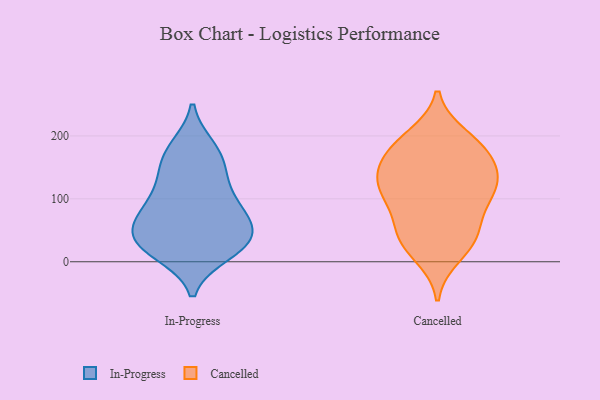
{"axis": {"x": "Website Visitors", "y": "Value"}, "legend": ["Cancelled", "In-Progress"], "data": [{"x": "", "y": 181, "type": "In-Progress"}, {"x": "", "y": 24, "type": "In-Progress"}, {"x": "", "y": 70, "type": "In-Progress"}, {"x": "", "y": 127, "type": "In-Progress"}, {"x": "", "y": 43, "type": "In-Progress"}, {"x": "", "y": 92, "type": "In-Progress"}, {"x": "", "y": 59, "type": "In-Progress"}, {"x": "", "y": 89, "type": "In-Progress"}, {"x": "", "y": 132, "type": "In-Progress"}, {"x": "", "y": 175, "type": "In-Progress"}, {"x": "", "y": 30, "type": "In-Progress"}, {"x": "", "y": 72, "type": "In-Progress"}, {"x": "", "y": 161, "type": "In-Progress"}, {"x": "", "y": 14, "type": "In-Progress"}, {"x": "", "y": 33, "type": "In-Progress"}, {"x": "", "y": 24, "type": "In-Progress"}, {"x": "", "y": 199, "type": "Cancelled"}, {"x": "", "y": 38, "type": "Cancelled"}, {"x": "", "y": 123, "type": "Cancelled"}, {"x": "", "y": 10, "type": "Cancelled"}, {"x": "", "y": 117, "type": "Cancelled"}, {"x": "", "y": 190, "type": "Cancelled"}, {"x": "", "y": 122, "type": "Cancelled"}, {"x": "", "y": 183, "type": "Cancelled"}, {"x": "", "y": 31, "type": "Cancelled"}, {"x": "", "y": 109, "type": "Cancelled"}, {"x": "", "y": 164, "type": "Cancelled"}, {"x": "", "y": 58, "type": "Cancelled"}, {"x": "", "y": 162, "type": "Cancelled"}, {"x": "", "y": 154, "type": "Cancelled"}, {"x": "", "y": 88, "type": "Cancelled"}, {"x": "", "y": 44, "type": "Cancelled"}, {"x": "", "y": 119, "type": "Cancelled"}]}